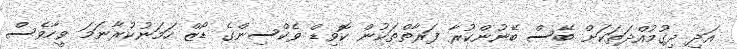
އަދި ދިގުމުއްދަތަކަށް ބޭސް ބޭނުންކުރާ ފަރާތްތަކުން ކޮވިޑް ވެކްސިންގެ ޑޯޒް ހަމަނުކުރާނަމަ ވީހާވެސް